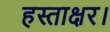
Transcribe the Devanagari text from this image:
हस्ताक्षर।